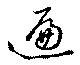
遍